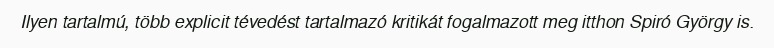
Ilyen tartalmú, több explicit tévedést tartalmazó kritikát fogalmazott meg itthon Spiró György is.